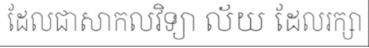
ដែលជាសាកលវិទ្យា ល័យ ដែលរក្សា